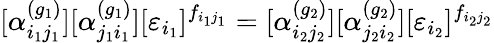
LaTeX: [\alpha_{i_{1}j_{1}}^{(g_{1})}][\alpha_{j_{1}i_{1}}^{(g_{1})}][\varepsilon_{i_{1}}]^{f_{i_{1}j_{1}}}=[\alpha_{i_{2}j_{2}}^{(g_{2})}][\alpha_{j_{2}i_{2}}^{(g_{2})}][\varepsilon_{i_{2}}]^{f_{i_{2}j_{2}}}